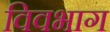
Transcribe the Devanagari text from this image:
विवभाग